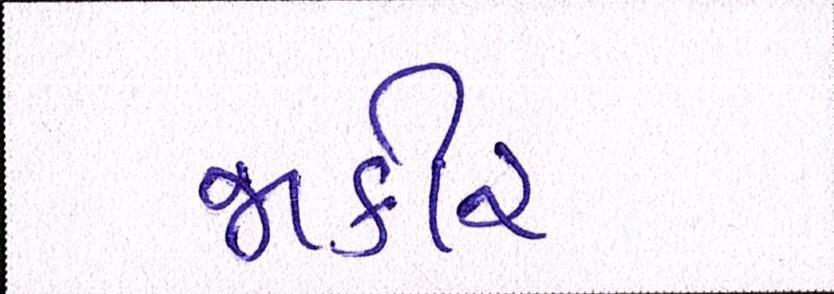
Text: જાકીર